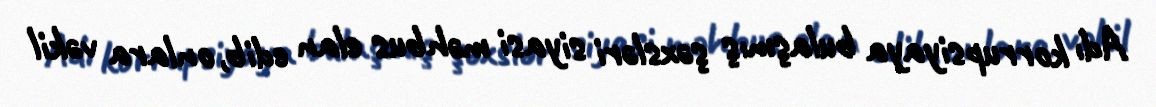
Adı korrupsiyaya bulaşmış şəxsləri siyasi məhbus elan edib, onlara vəkil